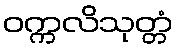
ဝက္ကလိသုတ္တံ